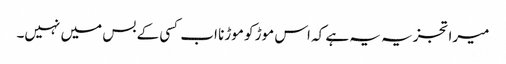
میرا تجزیہ یہ ہے کہ اس موڑ کو موڑنا اب کسی کے بس میں نہیں۔